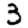
Digit: 3